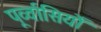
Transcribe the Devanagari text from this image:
पूर्व्वासियों